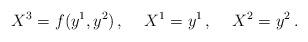
LaTeX: \begin{align*}X^3=f(y^1,y^2)\, ,\hspace{0.5cm}X^1=y^1\, ,\hspace{0.5cm}X^2=y^2\, .\end{align*}